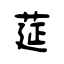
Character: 莚